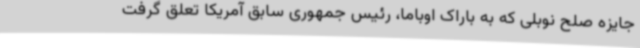
جایزه صلح نوبلی که به باراک اوباما، رئیس جمهوری سابق آمریکا تعلق گرفت